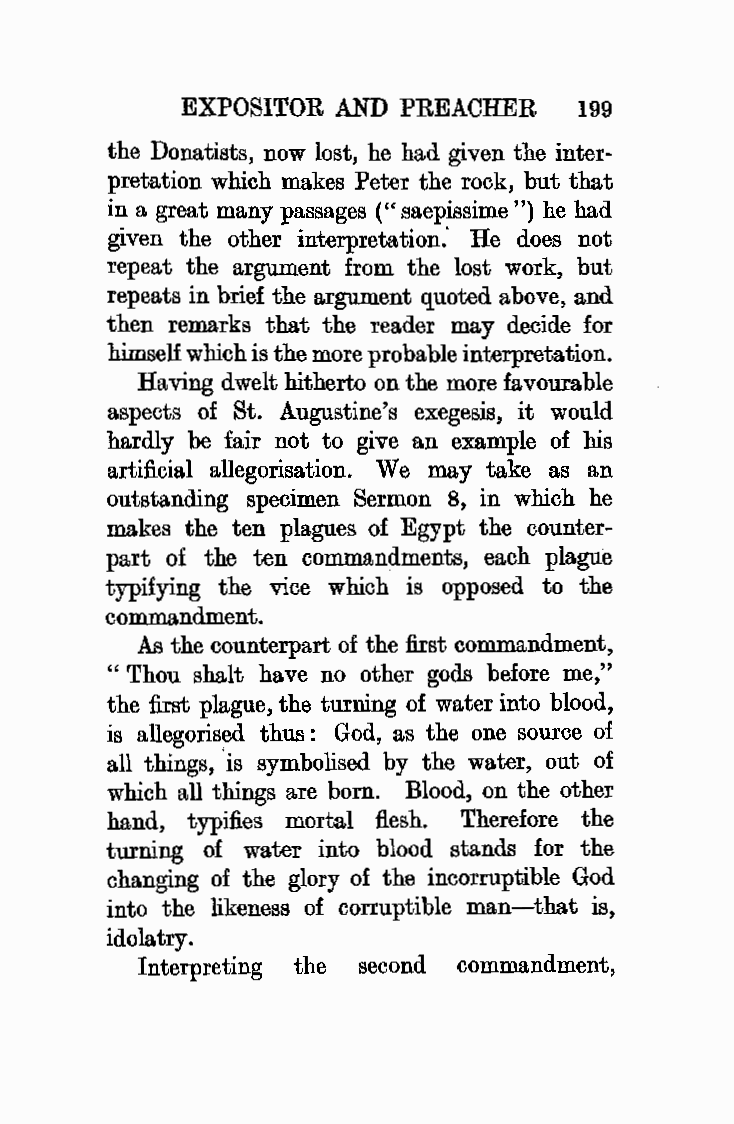
EXPOSITOR AND PREACHER    199
 the Donatists, now lost, he had given the inter
 pretation which makes Peter the rock, but that
 in a great many passages (" saepissime ") he had
 given the other interpretation.' He does not
 repeat the argument from the lost work, but
 repeats in brief the argument quoted above, and
 then remarks that the reader may decide for
 himself which is the more probable interpretation.
 Having dwelt hitherto on the more favourable
 aspects of St. Augustine's exegesis, it would
 hardly be fair not to give an example of his
 artificial allegorisation. We may take as an
 outstanding specimen Sermon 8, in which he
 makes the ten plagues of Egypt the counter
 part of the ten commandments, each plague
 typifying the vice which is opposed to the
 commandment.
 As the counterpart of the first commandment,
 "Thou shalt have no other gods before me,"
 the first plague, the turning of water into blood,
 is allegorised thus : God, as the one source of
 all things, 'is symbolised by the water, out of
 which all things are born. Blood, on the other
 hand, typifies mortal flesh. Therefore the
 turning of water into blood stands for the
 changing of the glory of the incorruptible God
 into the likeness of corruptible man-that is,
 idolatry.
 Interpreting the second commandment,